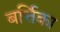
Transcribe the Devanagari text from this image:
बर्त्तिका